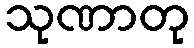
သုဏာတု